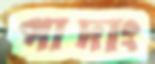
পাদাং